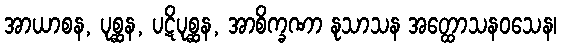
အာယာစန, ပုစ္ဆန, ပဋိပုစ္ဆန, အာစိက္ခဏာ နုသာသန အတ္ထောသနဝသေန၊